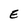
Character: E